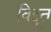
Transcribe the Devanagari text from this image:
विद्दूत